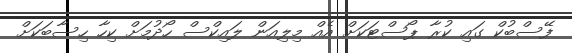
ފޭސްބުކް ގައި ކުރާ ޕޯސްޓަކަށް އެއް މިލިއަން ލައިކްސް ހޯދުމަށް ކިހާ ހިސާބަކަށް